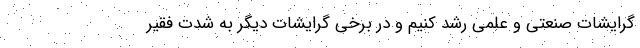
گرایشات صنعتی و علمی رشد کنیم و در برخی گرایشات دیگر به شدت فقیر